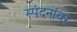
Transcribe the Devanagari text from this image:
स्पंदनांवर